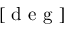
[ \mathrm { ~ d ~ e ~ g ~ } ]